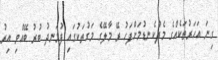
ގިނަ އަހަރުތަކެއްގެ މެދުކެނޑުމަށްފަހު ރޭ މާލޭގެ މަގުތަކުގައި ފުޅަނދު ބުރު ބޭއްވި އިރު